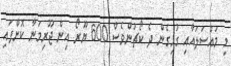
މި މައްސަލައާއި ގުޅިގެން ދެ ކޯޗުންވެސް 600 ޔޫރޯ އިން ޖޫރިމަނާ ކޮށްފައި